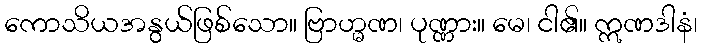
ကောသိယအနွယ်ဖြစ်သော။ ဗြာဟ္မဏ၊ ပုဏ္ဏား။ မေ၊ ငါ၏။ ဣဏဒါနံ၊